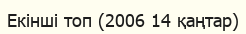
Екінші топ (2006 14 қаңтар)